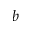
^ { b }